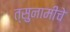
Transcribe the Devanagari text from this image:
त्सुनामीचे